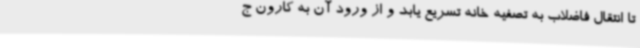
تا انتقال فاضلاب به تصفیه خانه تسریع یابد و از ورود آن به کارون ج